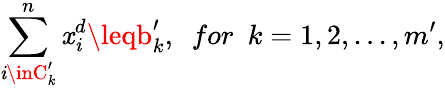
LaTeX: \sum_{\mathit{i}\inC_{k}^{\prime}}^{n}\mathit{x}_{\mathit{i}}^{d}\leqb_{k}^{\prime},~~for~~k=1,2,...,m^{\prime},